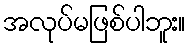
အလုပ်မဖြစ်ပါဘူး။